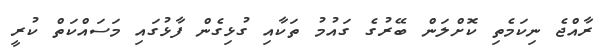
ރާއްޖެ ނިކަމެތި ކޮށްލަން ބޭރުގެ ގައުމު ތަކާއި ގުޅިގެން ފާޅުގައި މަސައްކަތް ކުރީ